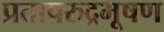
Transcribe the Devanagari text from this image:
प्रतापरुद्रभूषण